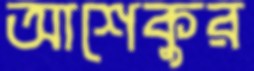
আশেকুর